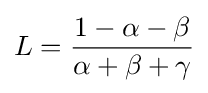
L={\frac {1-\alpha -\beta }{\alpha +\beta +\gamma }}